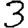
Digit: 3